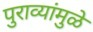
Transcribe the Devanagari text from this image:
पुराव्यांमुळे